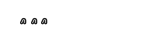
١١٧